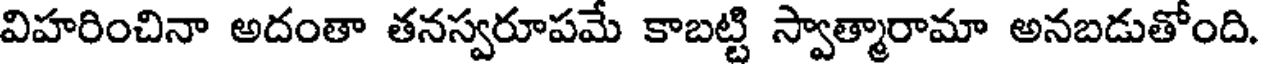
విహరించినా అదంతా తనస్వరూపమే కాబట్టి స్వాత్మారామా అనబడుతోంది.